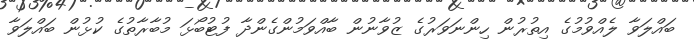
ބައްލަވާ ލެއްވުމުގެ އިތުރުން ހިންނަވަރުގެ ޒުވާނުން ބާއްވަމުންގެންދާ ފުޓުބޯޅަ މުބާރާތުގެ ކުޅުން ބައްލަވާ